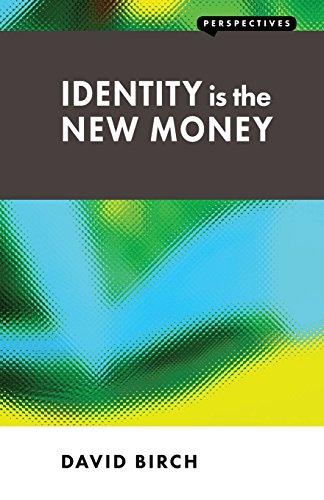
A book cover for Identity Is the New Money (Perspectives); David Birch; Computers & Technology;